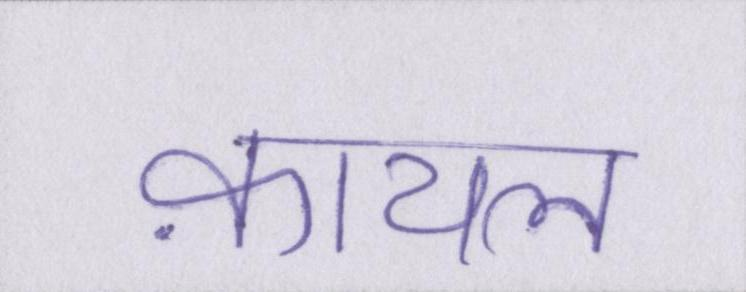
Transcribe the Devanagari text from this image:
क़ायल